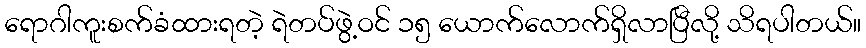
ရောဂါကူးစက်ခံထားရတဲ့ ရဲတပ်ဖွဲ့ဝင် ၁၅ ယောက်လောက်ရှိလာပြီလို့ သိရပါတယ်။